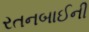
રતનબાઈની